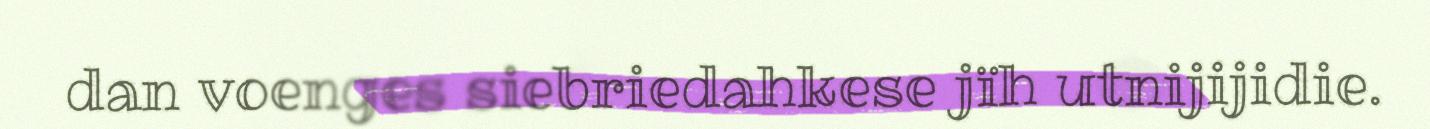
dan voenges siebriedahkese jïh utnijijidie.